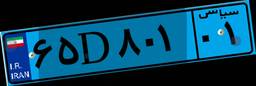
۳۹D۹۸۹۳۶